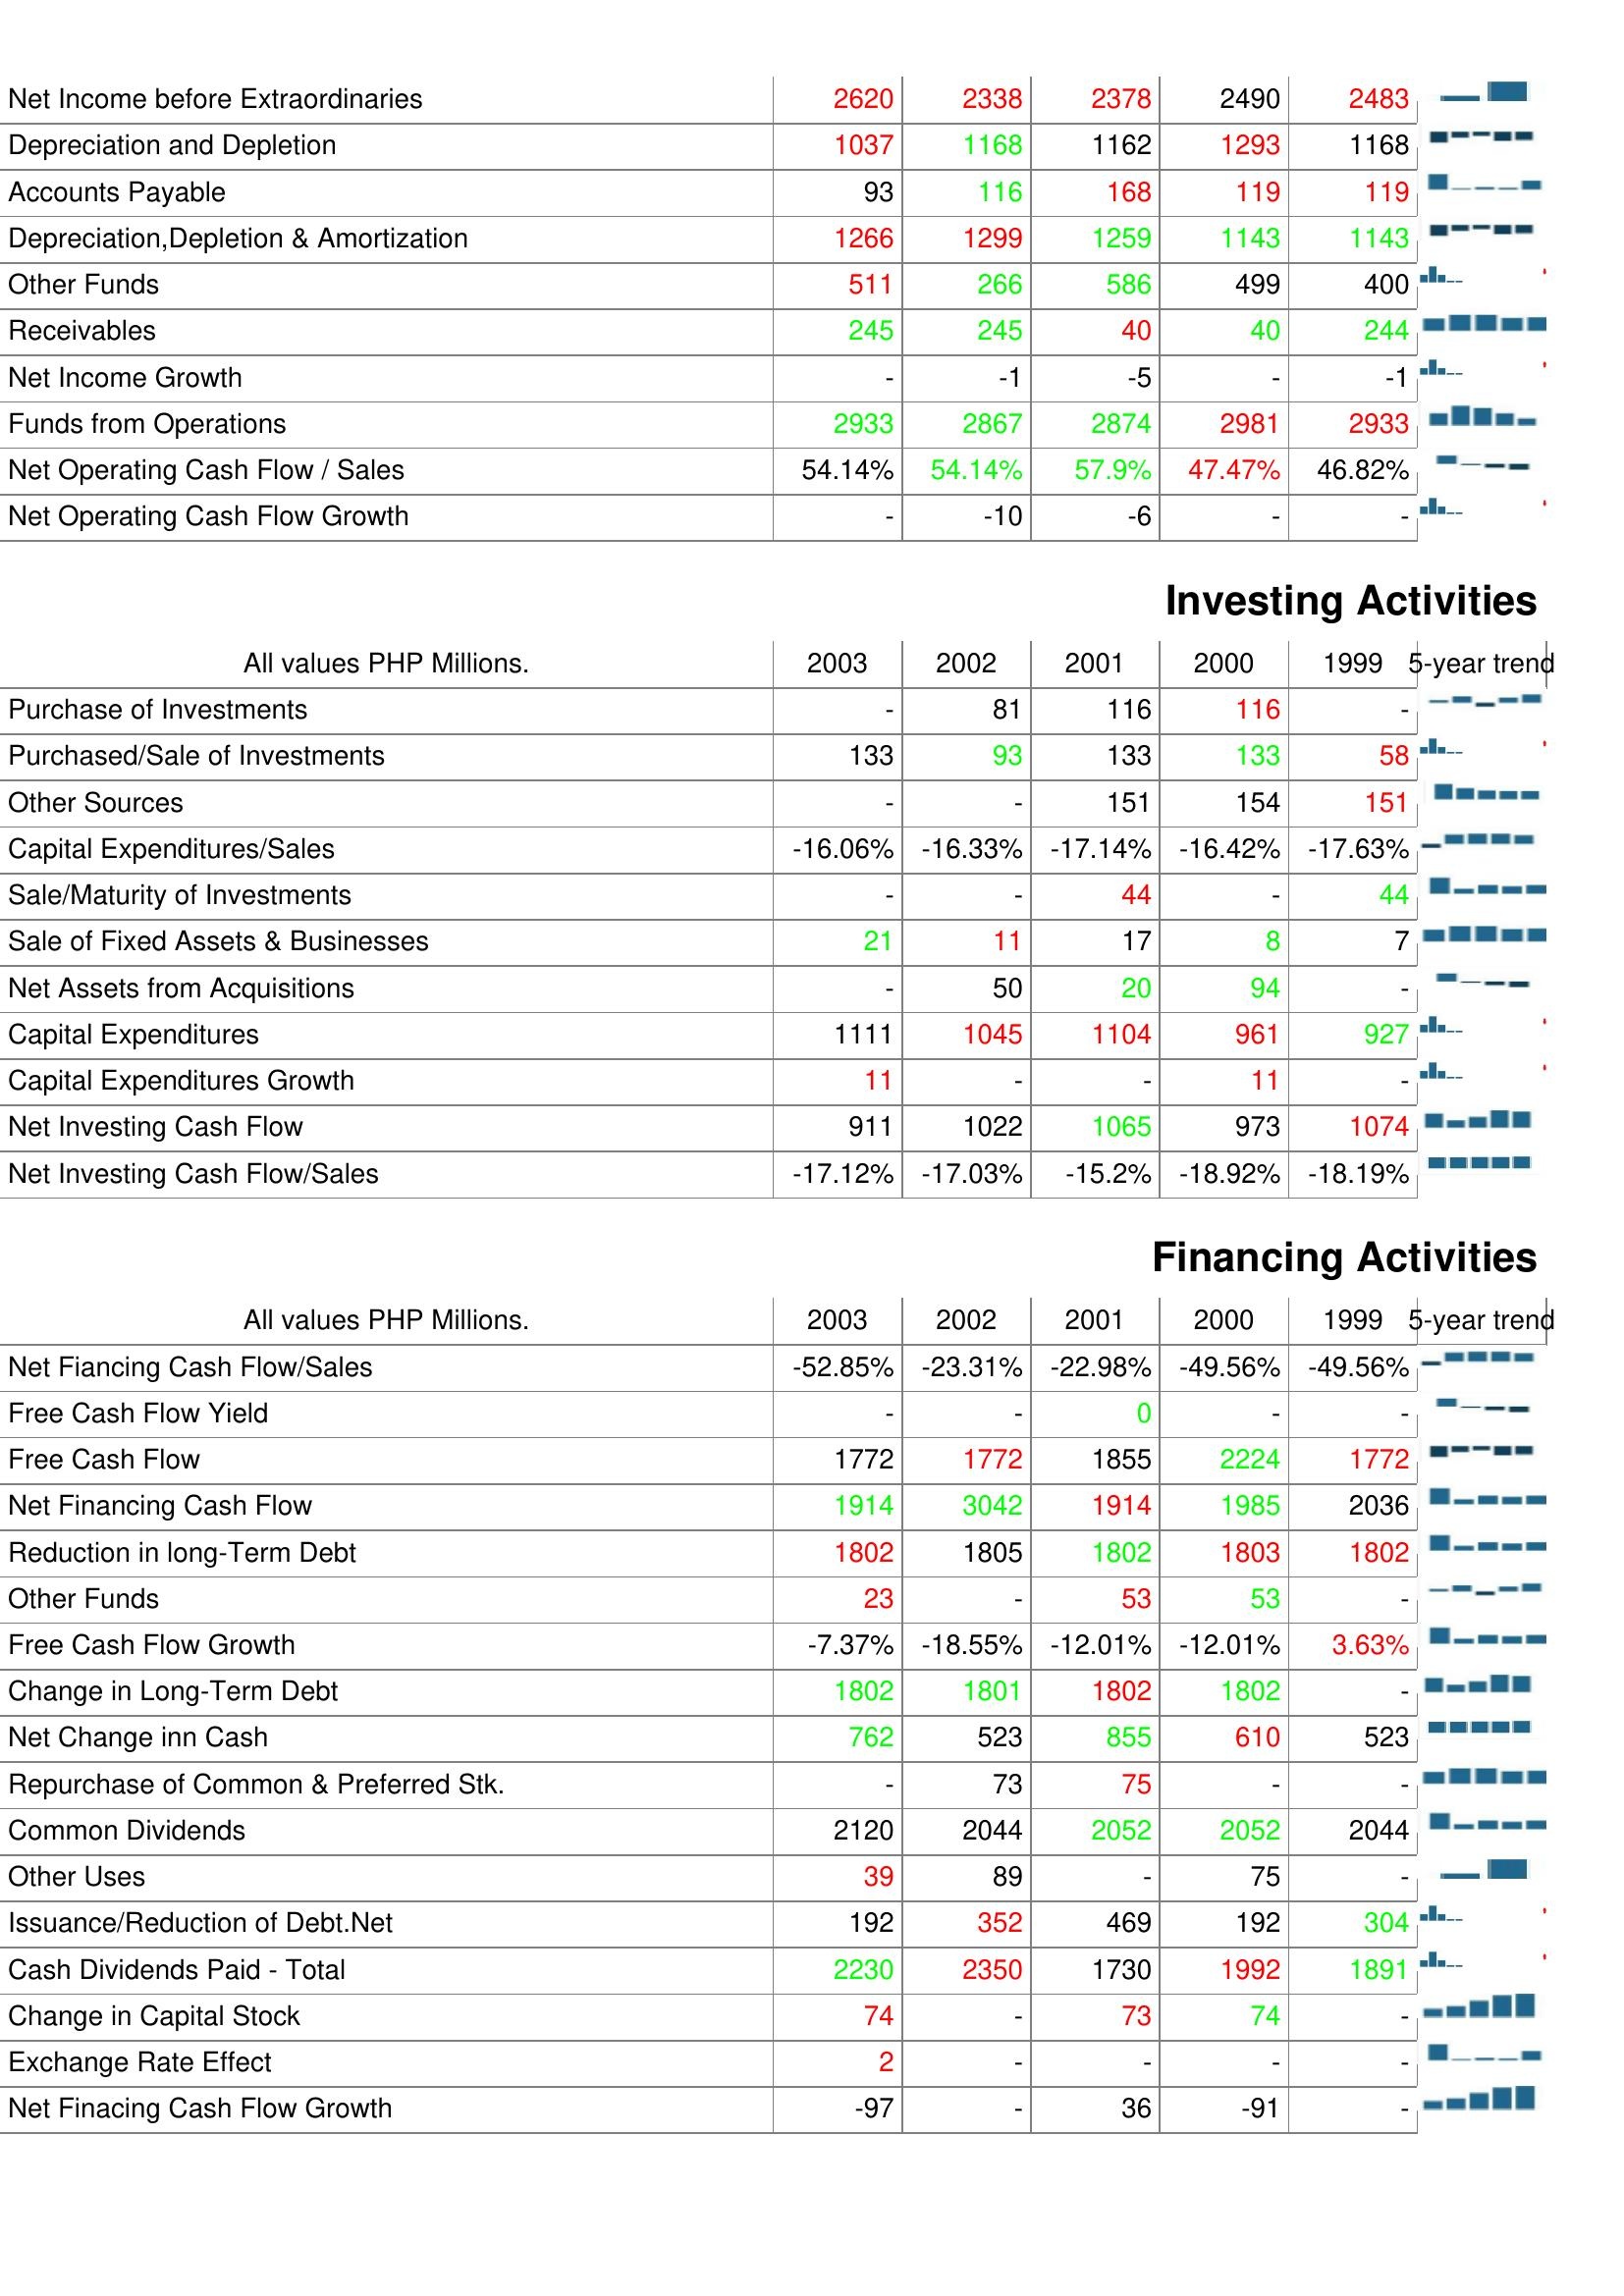
2003: Operating Activities: Net Income before Extraordinaries: 2620
Depreciation and Depletion: 1037
Accounts Payable: 93
Depreciation,Depletion & Amortization: 1266
Other Funds: 511
Receivables: 245
Net Income Growth: -
Funds from Operations: 2933
Net Operating Cash Flow / Sales: 54.14%
Net Operating Cash Flow Growth: -
Investing Activities: Purchase of Investments: -
Purchased/Sale of Investments: 133
Other Sources: -
Capital Expenditures/Sales: -16.06%
Sale/Maturity of Investments: -
Sale of Fixed Assets & Businesses: 21
Net Assets from Acquisitions: -
Capital Expenditures: 1111
Capital Expenditures Growth: 11
Net Investing Cash Flow: 911
Net Investing Cash Flow/Sales: -17.12%
Financing Activities: Net Fiancing Cash Flow/Sales: -52.85%
Free Cash Flow Yield: -
Free Cash Flow: 1772
Net Financing Cash Flow: 1914
Reduction in long-Term Debt: 1802
Other Funds: 23
Free Cash Flow Growth: -7.37%
Change in Long-Term Debt: 1802
Net Change inn Cash: 762
Repurchase of Common & Preferred Stk.: -
Common Dividends: 2120
Other Uses: 39
Issuance/Reduction of Debt.Net: 192
Cash Dividends Paid - Total: 2230
Change in Capital Stock: 74
Exchange Rate Effect: 2
Net Finacing Cash Flow Growth: -97
2002: Operating Activities: Net Income before Extraordinaries: 2338
Depreciation and Depletion: 1168
Accounts Payable: 116
Depreciation,Depletion & Amortization: 1299
Other Funds: 266
Receivables: 245
Net Income Growth: -1
Funds from Operations: 2867
Net Operating Cash Flow / Sales: 54.14%
Net Operating Cash Flow Growth: -10
Investing Activities: Purchase of Investments: 81
Purchased/Sale of Investments: 93
Other Sources: -
Capital Expenditures/Sales: -16.33%
Sale/Maturity of Investments: -
Sale of Fixed Assets & Businesses: 11
Net Assets from Acquisitions: 50
Capital Expenditures: 1045
Capital Expenditures Growth: -
Net Investing Cash Flow: 1022
Net Investing Cash Flow/Sales: -17.03%
Financing Activities: Net Fiancing Cash Flow/Sales: -23.31%
Free Cash Flow Yield: -
Free Cash Flow: 1772
Net Financing Cash Flow: 3042
Reduction in long-Term Debt: 1805
Other Funds: -
Free Cash Flow Growth: -18.55%
Change in Long-Term Debt: 1801
Net Change inn Cash: 523
Repurchase of Common & Preferred Stk.: 73
Common Dividends: 2044
Other Uses: 89
Issuance/Reduction of Debt.Net: 352
Cash Dividends Paid - Total: 2350
Change in Capital Stock: -
Exchange Rate Effect: -
Net Finacing Cash Flow Growth: -
2001: Operating Activities: Net Income before Extraordinaries: 2378
Depreciation and Depletion: 1162
Accounts Payable: 168
Depreciation,Depletion & Amortization: 1259
Other Funds: 586
Receivables: 40
Net Income Growth: -5
Funds from Operations: 2874
Net Operating Cash Flow / Sales: 57.9%
Net Operating Cash Flow Growth: -6
Investing Activities: Purchase of Investments: 116
Purchased/Sale of Investments: 133
Other Sources: 151
Capital Expenditures/Sales: -17.14%
Sale/Maturity of Investments: 44
Sale of Fixed Assets & Businesses: 17
Net Assets from Acquisitions: 20
Capital Expenditures: 1104
Capital Expenditures Growth: -
Net Investing Cash Flow: 1065
Net Investing Cash Flow/Sales: -15.2%
Financing Activities: Net Fiancing Cash Flow/Sales: -22.98%
Free Cash Flow Yield: 0
Free Cash Flow: 1855
Net Financing Cash Flow: 1914
Reduction in long-Term Debt: 1802
Other Funds: 53
Free Cash Flow Growth: -12.01%
Change in Long-Term Debt: 1802
Net Change inn Cash: 855
Repurchase of Common & Preferred Stk.: 75
Common Dividends: 2052
Other Uses: -
Issuance/Reduction of Debt.Net: 469
Cash Dividends Paid - Total: 1730
Change in Capital Stock: 73
Exchange Rate Effect: -
Net Finacing Cash Flow Growth: 36
2000: Operating Activities: Net Income before Extraordinaries: 2490
Depreciation and Depletion: 1293
Accounts Payable: 119
Depreciation,Depletion & Amortization: 1143
Other Funds: 499
Receivables: 40
Net Income Growth: -
Funds from Operations: 2981
Net Operating Cash Flow / Sales: 47.47%
Net Operating Cash Flow Growth: -
Investing Activities: Purchase of Investments: 116
Purchased/Sale of Investments: 133
Other Sources: 154
Capital Expenditures/Sales: -16.42%
Sale/Maturity of Investments: -
Sale of Fixed Assets & Businesses: 8
Net Assets from Acquisitions: 94
Capital Expenditures: 961
Capital Expenditures Growth: 11
Net Investing Cash Flow: 973
Net Investing Cash Flow/Sales: -18.92%
Financing Activities: Net Fiancing Cash Flow/Sales: -49.56%
Free Cash Flow Yield: -
Free Cash Flow: 2224
Net Financing Cash Flow: 1985
Reduction in long-Term Debt: 1803
Other Funds: 53
Free Cash Flow Growth: -12.01%
Change in Long-Term Debt: 1802
Net Change inn Cash: 610
Repurchase of Common & Preferred Stk.: -
Common Dividends: 2052
Other Uses: 75
Issuance/Reduction of Debt.Net: 192
Cash Dividends Paid - Total: 1992
Change in Capital Stock: 74
Exchange Rate Effect: -
Net Finacing Cash Flow Growth: -91
1999: Operating Activities: Net Income before Extraordinaries: 2483
Depreciation and Depletion: 1168
Accounts Payable: 119
Depreciation,Depletion & Amortization: 1143
Other Funds: 400
Receivables: 244
Net Income Growth: -1
Funds from Operations: 2933
Net Operating Cash Flow / Sales: 46.82%
Net Operating Cash Flow Growth: -
Investing Activities: Purchase of Investments: -
Purchased/Sale of Investments: 58
Other Sources: 151
Capital Expenditures/Sales: -17.63%
Sale/Maturity of Investments: 44
Sale of Fixed Assets & Businesses: 7
Net Assets from Acquisitions: -
Capital Expenditures: 927
Capital Expenditures Growth: -
Net Investing Cash Flow: 1074
Net Investing Cash Flow/Sales: -18.19%
Financing Activities: Net Fiancing Cash Flow/Sales: -49.56%
Free Cash Flow Yield: -
Free Cash Flow: 1772
Net Financing Cash Flow: 2036
Reduction in long-Term Debt: 1802
Other Funds: -
Free Cash Flow Growth: 3.63%
Change in Long-Term Debt: -
Net Change inn Cash: 523
Repurchase of Common & Preferred Stk.: -
Common Dividends: 2044
Other Uses: -
Issuance/Reduction of Debt.Net: 304
Cash Dividends Paid - Total: 1891
Change in Capital Stock: -
Exchange Rate Effect: -
Net Finacing Cash Flow Growth: -